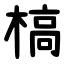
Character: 槁